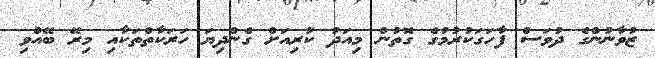
ޒުވާނުންގެ ދުވަސް ފާހަގަކުރުމުގެ ގޮތުން މިއަދު ކުރިއަށް ގެންދިޔަ ހަރަކާތްތަކާއި މިރޭ ބޭއްވި